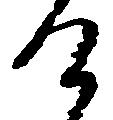
け